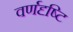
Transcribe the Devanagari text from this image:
वर्णदृष्टि